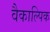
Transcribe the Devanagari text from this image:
वैकाल्पिक